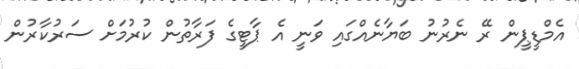
އެމްޑީޕީން ރޭ ނެރުނު ބަޔާނެއްގައި ވަނީ އެ ޕާޓީގެ ފަރާތުން ކުރުމަށް ސަރުކާރުން